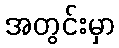
အတွင်းမှာ